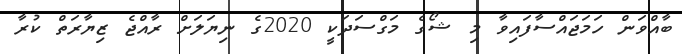
ބާއްވަން ހަމަޖައްސާފައިވާ މި ޝޯގެ މަގްސަދަކީ 2020ގެ ނިޔަލަށް ރާއްޖެ ޒިޔާރަތް ކުރާ